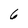
Character: 6